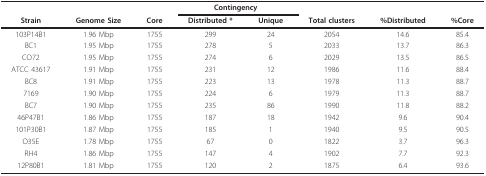
<table><thead><tr><td></td><td></td><td></td><td colspan="2"><b>Contingency</b></td><td></td><td></td><td></td></tr><tr><td><b>Strain</b></td><td><b>Genome Size</b></td><td><b>Core</b></td><td><b>Distributed *</b></td><td><b>Unique</b></td><td><b>Total clusters</b></td><td><b>%Distributed</b></td><td><b>%Core</b></td></tr></thead><tbody><tr><td>103P14B1</td><td>1.96 Mbp</td><td>1755</td><td>299</td><td>24</td><td>2054</td><td>14.6</td><td>85.4</td></tr><tr><td>BC1</td><td>1.95 Mbp</td><td>1755</td><td>278</td><td>5</td><td>2033</td><td>13.7</td><td>86.3</td></tr><tr><td>CO72</td><td>1.95 Mbp</td><td>1755</td><td>274</td><td>6</td><td>2029</td><td>13.5</td><td>86.5</td></tr><tr><td>ATCC 43617</td><td>1.91 Mbp</td><td>1755</td><td>231</td><td>12</td><td>1986</td><td>11.6</td><td>88.4</td></tr><tr><td>BC8</td><td>1.91 Mbp</td><td>1755</td><td>223</td><td>13</td><td>1978</td><td>11.3</td><td>88.7</td></tr><tr><td>7169</td><td>1.90 Mbp</td><td>1755</td><td>224</td><td>6</td><td>1979</td><td>11.3</td><td>88.7</td></tr><tr><td>BC7</td><td>1.90 Mbp</td><td>1755</td><td>235</td><td>86</td><td>1990</td><td>11.8</td><td>88.2</td></tr><tr><td>46P47B1</td><td>1.86 Mbp</td><td>1755</td><td>187</td><td>18</td><td>1942</td><td>9.6</td><td>90.4</td></tr><tr><td>101P30B1</td><td>1.87 Mbp</td><td>1755</td><td>185</td><td>1</td><td>1940</td><td>9.5</td><td>90.5</td></tr><tr><td>O35E</td><td>1.78 Mbp</td><td>1755</td><td>67</td><td>0</td><td>1822</td><td>3.7</td><td>96.3</td></tr><tr><td>RH4</td><td>1.86 Mbp</td><td>1755</td><td>147</td><td>4</td><td>1902</td><td>7.7</td><td>92.3</td></tr><tr><td>12P80B1</td><td>1.81 Mbp</td><td>1755</td><td>120</td><td>2</td><td>1875</td><td>6.4</td><td>93.6</td></tr></tbody></table>